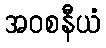
အဝစနီယံ